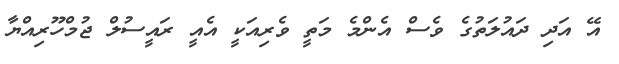
އޭ އަދި ދައުލަތުގެ ވެސް އެންމެ މަތީ ވެރިއަކީ އެއީ ރައީސުލް ޖުމްހޫރިއްޔާ